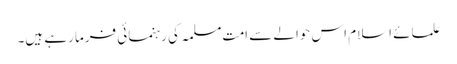
علمائے اسلام اس حوالے سے امتِ مسلمہ کی رہنمائی فرما رہے ہیں۔